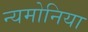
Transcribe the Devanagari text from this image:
न्यमोनिया